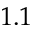
1 . 1